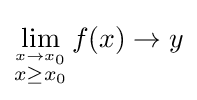
\lim _{\stackrel {x\to x_{0}}{x\geq x_{0}}}f(x)\to y